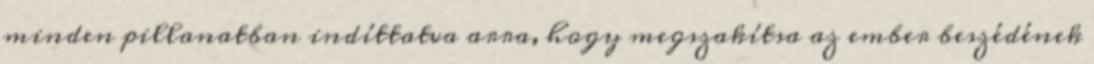
minden pillanatban indíttatva arra, hogy megszakítsa az ember beszédének